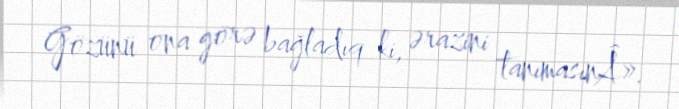
Gözünü ona görə bağladıq ki, ərazini tanımasınÂ».